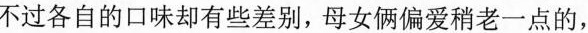
不够各自的口味确实有些差别，母女俩偏爱稍老一点的，